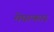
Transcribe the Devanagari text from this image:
मेघाकार